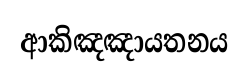
ආකිඤඤායතනය